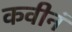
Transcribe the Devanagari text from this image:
कवीनं